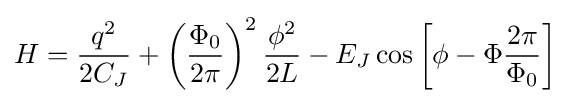
H={\frac {q^{2}}{2C_{J}}}+\left({\frac {\Phi _{0}}{2\pi }}\right)^{2}{\frac {\phi ^{2}}{2L}}-E_{J}\cos \left[\phi -\Phi {\frac {2\pi }{\Phi _{0}}}\right]